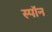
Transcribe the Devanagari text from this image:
स्पॉन